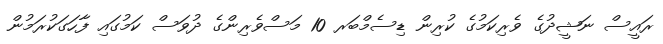
ރައީސް ނަޝީދުގެ ވެރިކަމުގެ ކުރިން ޑިސެމްބަރ 10 މަސްވެރިންގެ ދުވަސް ކަމުގައި ފާހަގަކުރަމުން